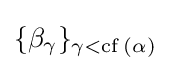
\{\beta _{\gamma }\}_{\gamma <\mathrm {cf} \,(\alpha )}